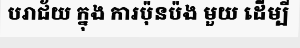
បរាជ័យ ក្នុង ការប៉ុនប៉ង មួយ ដើម្បី